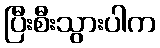
ပြီးစီးသွားပါက